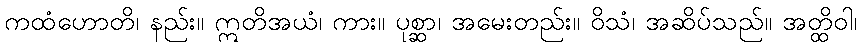
ကထံဟောတိ၊ နည်း။ ဣတိအယံ၊ ကား။ ပုစ္ဆာ၊ အမေးတည်း။ ဝိသံ၊ အဆိပ်သည်။ အတ္ထိဝါ၊